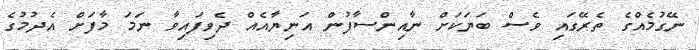
ނޭގުމެއްގެ ތެރޭގައި ވެސް ބަޔަކަށް ނާއިންސާފުން އަނިޔާއެއް ދެވިފައިވާ ނަމަ މާފަށް އެދުމުގެ